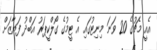
އެއީ މެޗުގެ 20 ވަނަ މިނިޓުގައި އެ ޓީމުގެ ގޯލްކީޕަރު އަބްދު ފަޔާޒަށް